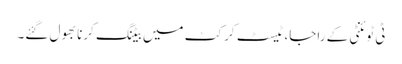
ٹی ٹوئنٹی کے راجا، ٹیسٹ کرکٹ میں بیٹنگ کرنا بھول گئے۔